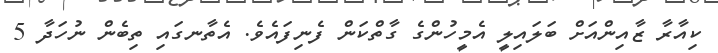
ކިއާރާ ޒާއިންއަށް ބަލައިލީ އެމީހުންގެ ގާތްކަން ފެނިފައެވެ. އެތާނގައި ތިބެން ނުހަދާ 5